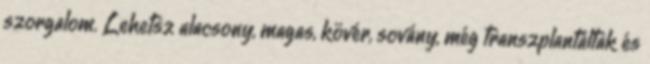
szorgalom. Lehetsz alacsony, magas, kövér, sovány, még transzplantáltak és